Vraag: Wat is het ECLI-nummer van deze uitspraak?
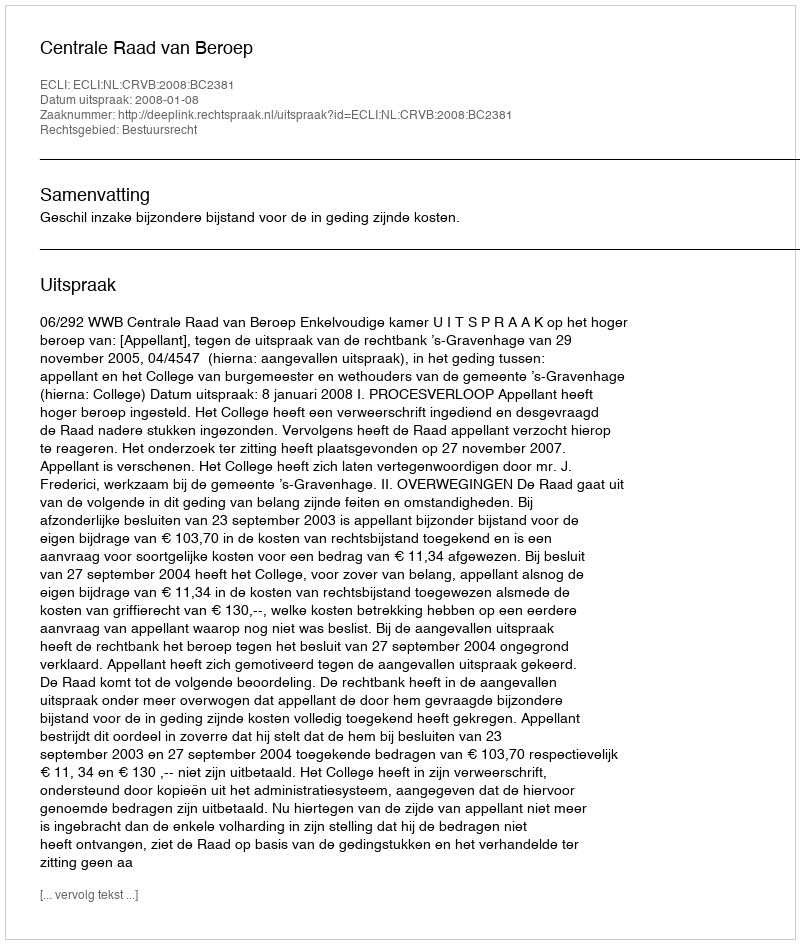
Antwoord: ECLI:NL:CRVB:2008:BC2381